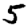
Digit: 5